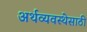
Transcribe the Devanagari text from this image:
अर्थव्यवस्थेसाठी